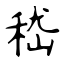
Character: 嵇